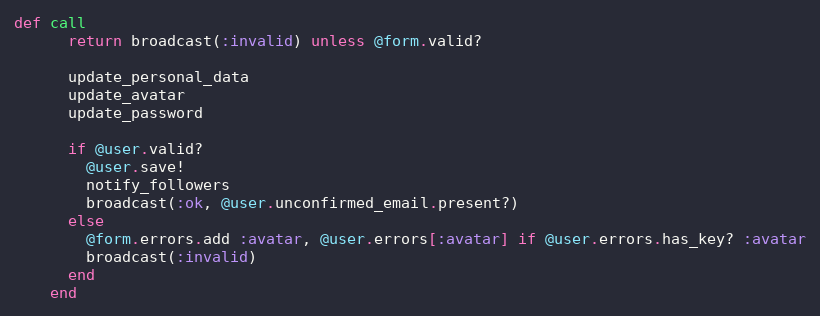
Language: Ruby
def call
      return broadcast(:invalid) unless @form.valid?

      update_personal_data
      update_avatar
      update_password

      if @user.valid?
        @user.save!
        notify_followers
        broadcast(:ok, @user.unconfirmed_email.present?)
      else
        @form.errors.add :avatar, @user.errors[:avatar] if @user.errors.has_key? :avatar
        broadcast(:invalid)
      end
    end